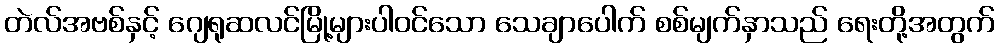
တဲလ်အဗစ်နှင့် ဂျေရုဆလင်မြို့များပါဝင်သော သေချာပေါက် စစ်မျက်နှာသည် ရေးတို့အတွက်